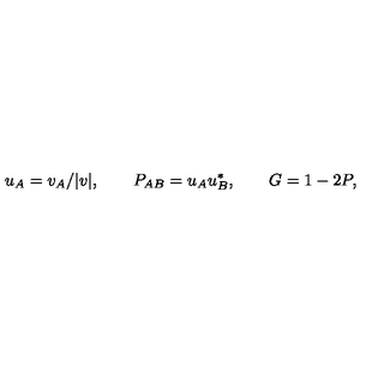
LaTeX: u _ { A } = v _ { A } / | v | , \qquad P _ { A B } = u _ { A } u _ { B } ^ { * } , \qquad G = 1 - 2 P ,